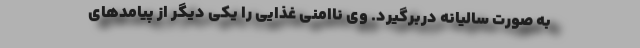
به صورت سالیانه دربرگیرد. وی ناامنی غذایی را یکی دیگر از پیامدهای